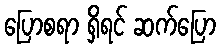
ပြောစရာ ရှိရင် ဆက်ပြော